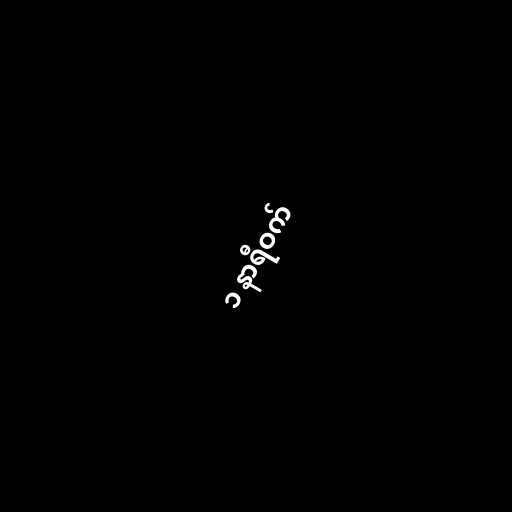
၁ နာရီဝက်